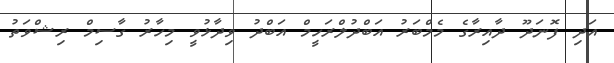
އަދި ފޮނަދޫ ދާއިރާގެ މެމްބަރު އަބްދުލްރަހީމް އަބްދު ވިދާޅުވީ މިހާރު ގާސިމް ރިޝްވަތު